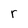
Character: r